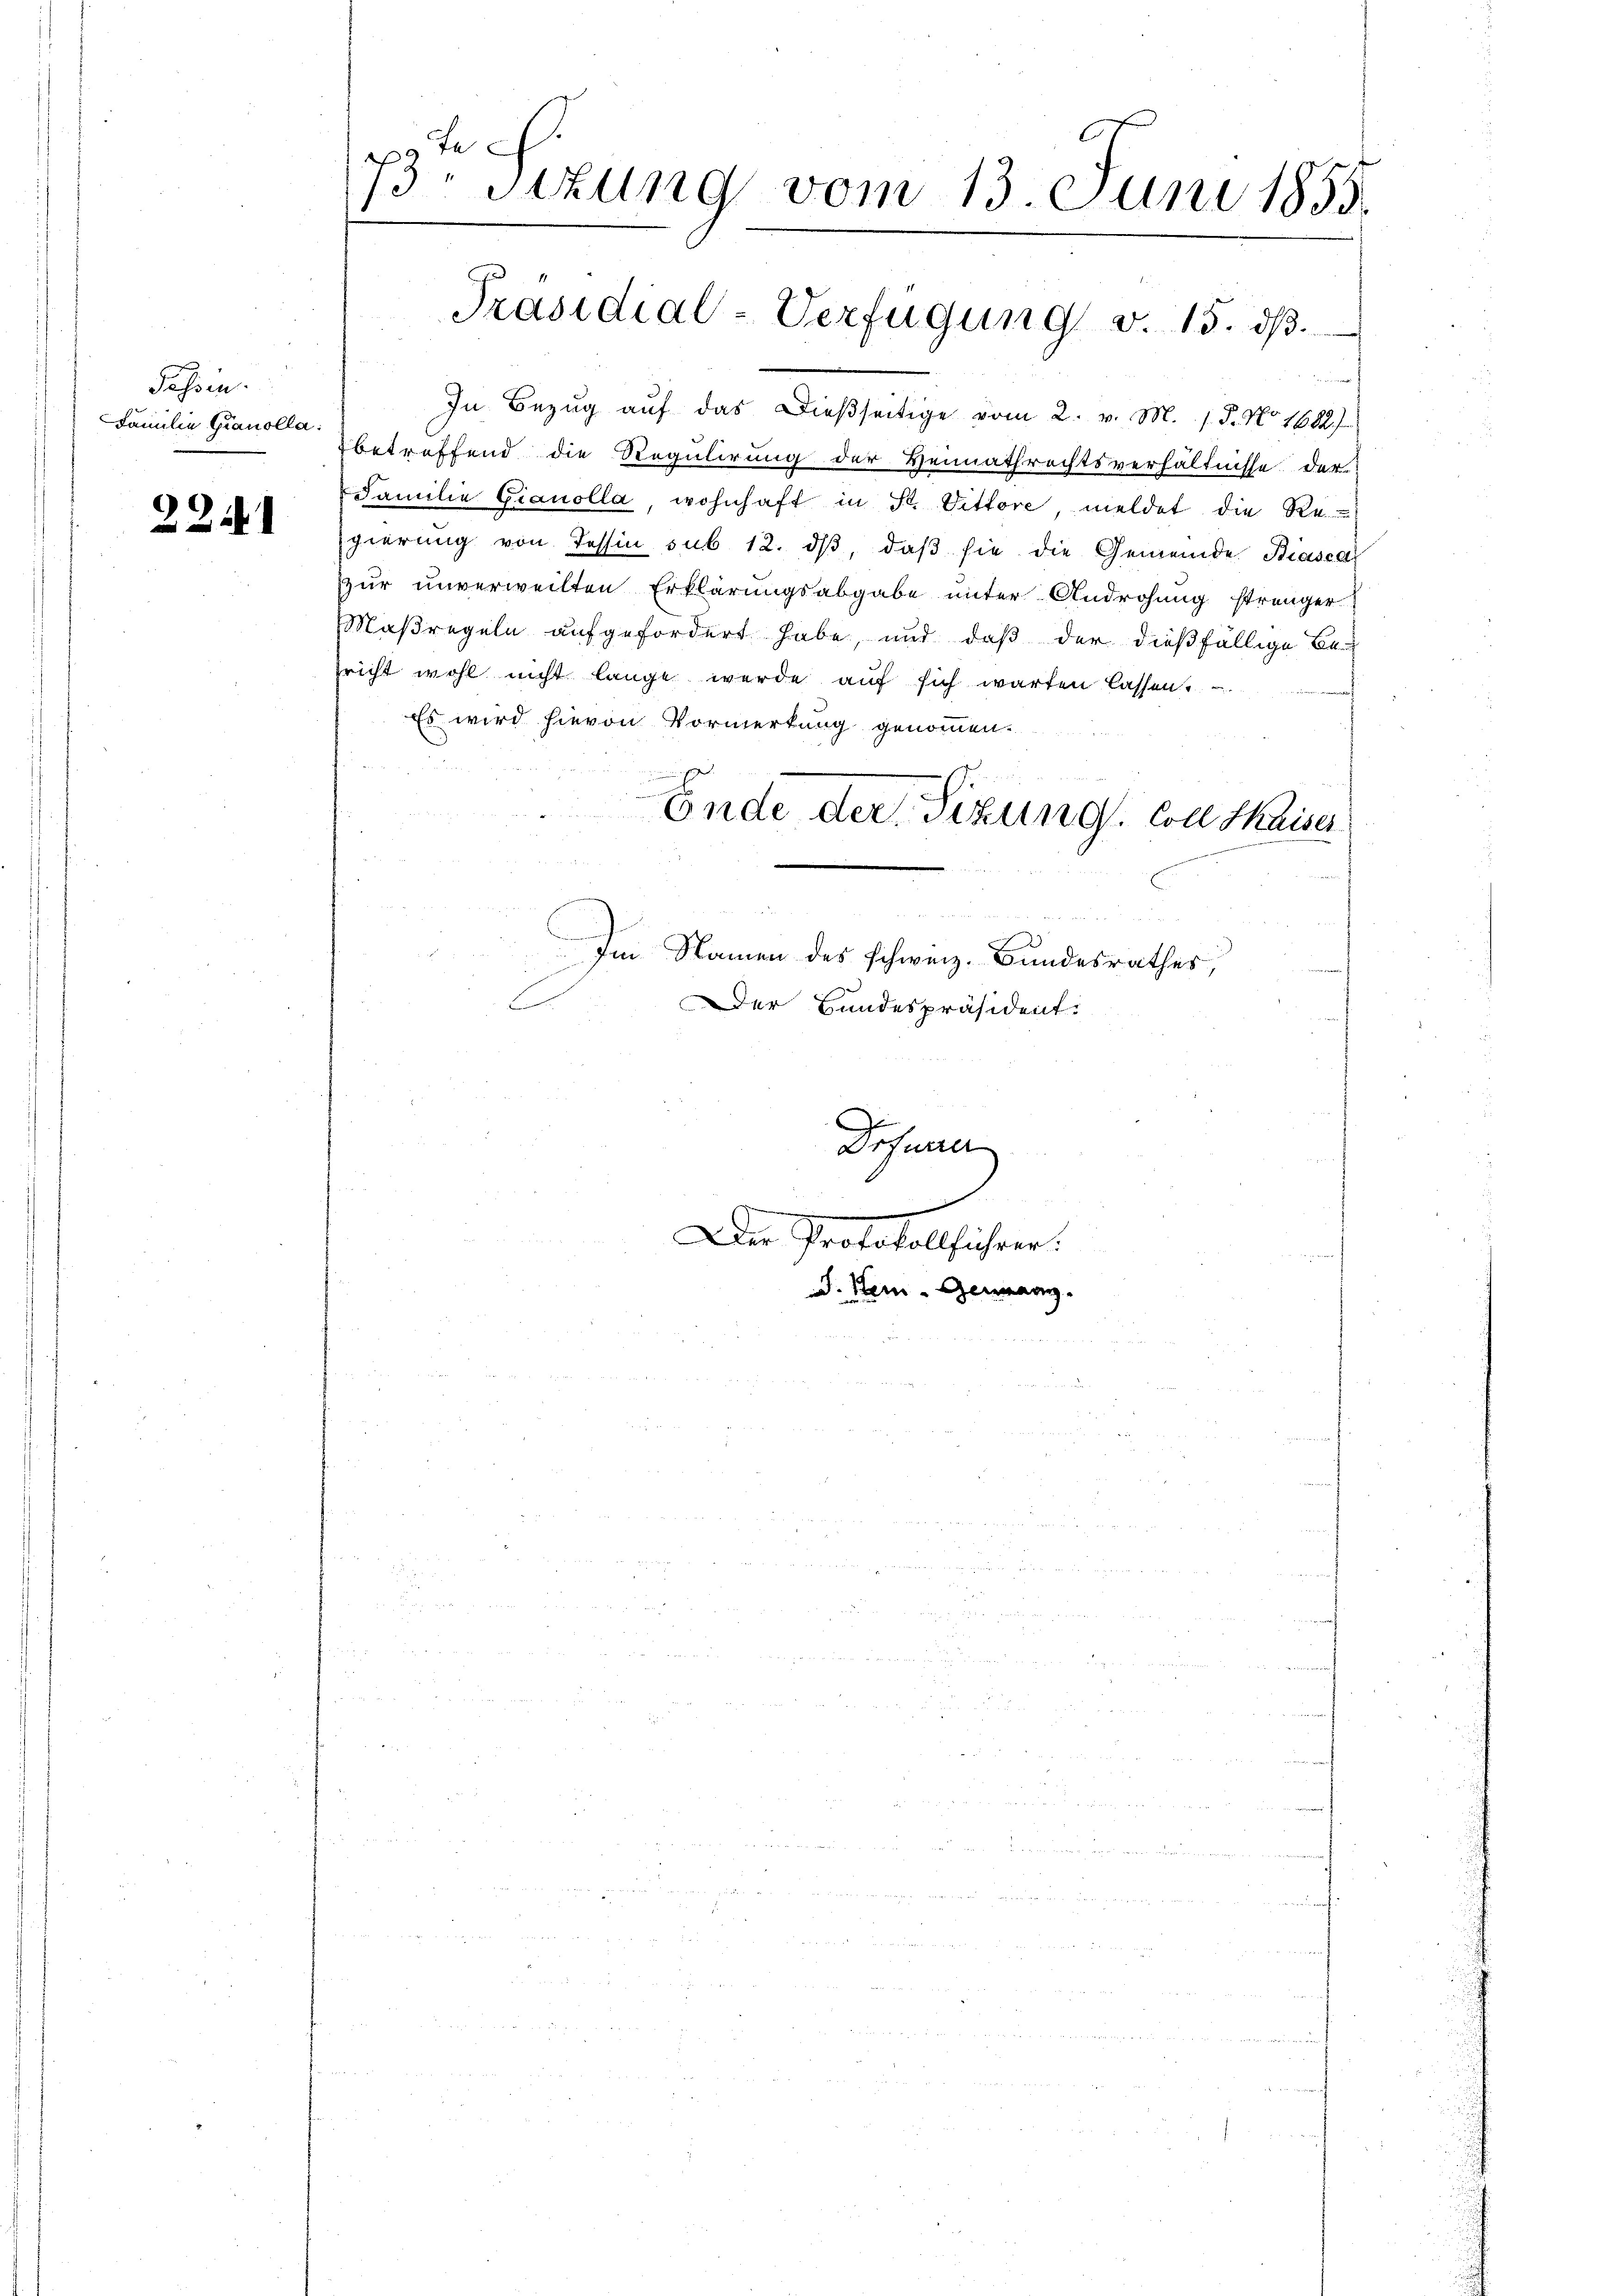
Fassen.
Familie Granolla:

2254

13 sizung vom 13. Juni 1855.
7

In Bezug auf das dießseitige vom 2. v. M. P. No. 1682)
betreffend die Regulirung der Heimathrechtsverhältnisse der
Familie Gianolla, wohnhaft in St. Vittore meldet die Re
gierung von Tessin sub 12. dβ, daβ sie die Gemeinde Biasca
zur unverweilten Erklärungsabgabe unter Androhung strenger
Maßregeln aufgefordert habe, und daß der dießfällige Besricht wohl nicht lange werde auf sich warten lassen.
Es wird hievon Vormerkung genommen.
Ende der Sizung. Colle Kaiser
d
Im Namen des schweiz. Bundesrathes,
E
Der Bundespräsident:
A
Drfurrer
e
Der Protokollführer:
D. Kam - Genanz

Präsidial-Verfügŭng v. 15. dβ.